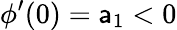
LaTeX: \phi^{\prime}(0)=\mathsf{a}_{1}<0